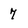
Character: 7